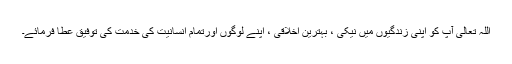
اللہ تعالیٰ آپ کو اپنی زندگیوں میں نیکی ، بہترین اخلاقی ، اپنے لوگوں اورتمام انسانیت کی خدمت کی توفیق عطا فرمائے۔